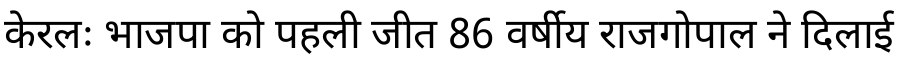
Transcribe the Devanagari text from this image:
केरलः भाजपा को पहली जीत 86 वर्षीय राजगोपाल ने दिलाई